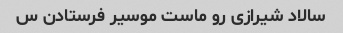
سالاد شیرازی رو ماست موسیر فرستادن س